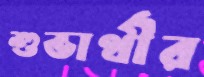
শুভার্থীর